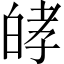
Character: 𤽴